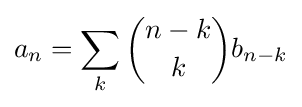
a_{n}=\sum _{k}{\binom {n-k}{k}}b_{n-k}